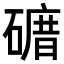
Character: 𥕒